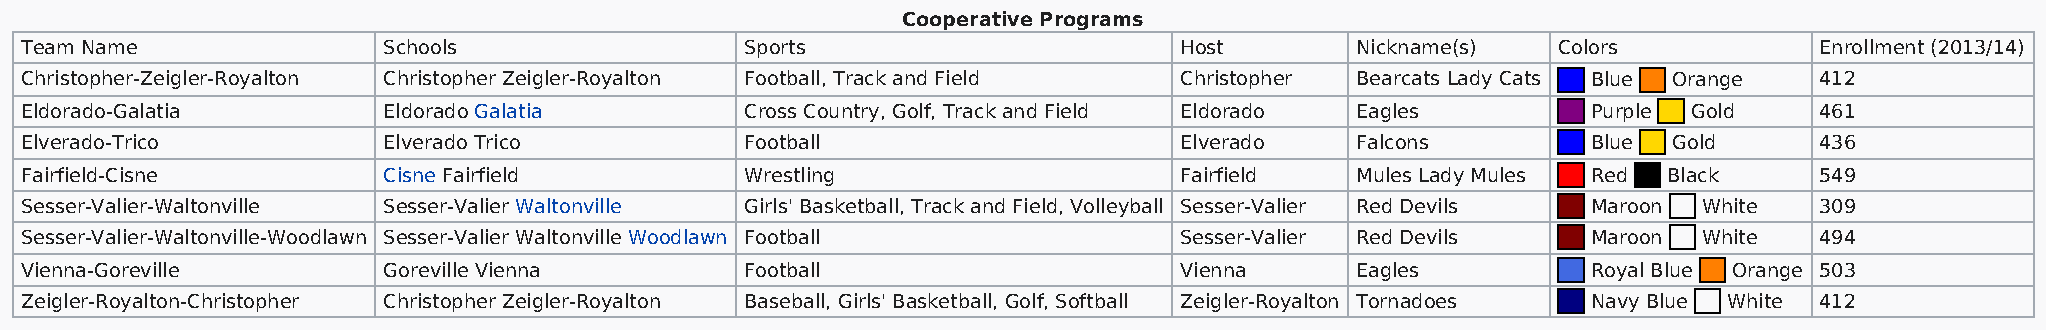
Cooperative Programs
 Team Name               Schools                 Sports                       Host        Nickname(s)  Colors           Enrollment (2013/14)
 Christopher-Zeigler-Royalton Christopher Zeigler-Royalton Football, Track and Field Christopher Bearcats Lady Cats Blue Orange 412
 Eldorado-Galatia        Eldorado Galatia        Cross Country, Golf, Track and Field Eldorado Eagles    Purple Gold    461
 Elverado-Trico          Elverado Trico          Football                     Elverado    Falcons        Blue  Gold     436
 Fairfield-Cisne         Cisne Fairfield         Wrestling                    Fairfield   Mules Lady Mules Red Black    549
 Sesser-Valier-Waltonville Sesser-Valier Waltonville Girls' Basketball, Track and Field, Volleyball Sesser-Valier Red Devils Maroon White 309
 Sesser-Valier-Waltonville-Woodlawn Sesser-Valier Waltonville Woodlawn Football Sesser-Valier Red Devils Maroon  White  494
 Vienna-Goreville        Goreville Vienna        Football                     Vienna      Eagles         Royal Blue Orange 503
 Zeigler-Royalton-Christopher Christopher Zeigler-Royalton Baseball, Girls' Basketball, Golf, Softball Zeigler-Royalton Tornadoes Navy Blue White 412